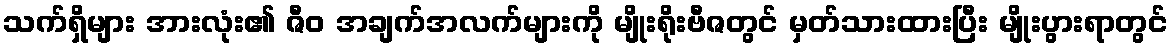
သက်ရှိများ အားလုံး၏ ဇီဝ အချက်အလက်များကို မျိုးရိုးဗီဇတွင် မှတ်သားထားပြီး မျိုးပွားရာတွင်